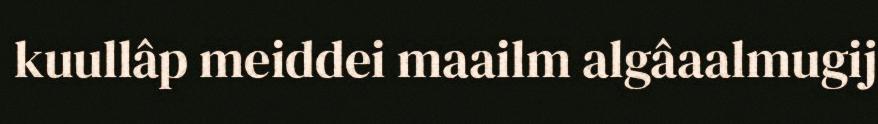
kuullâp meiddei maailm algâaalmugij